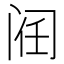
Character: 𲈻